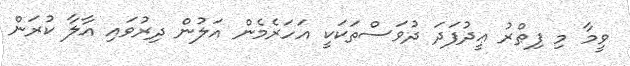
ވީމާ މި ފިޠްރު ޢީދުފަދަ ދުވަސްތަކަކީ އަހަރެމެން އަލުން ދިރުވައި އާލާ ކުރަން